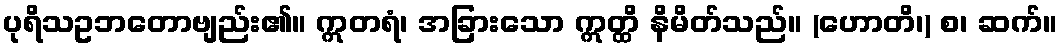
ပုရိသဥဘတောဗျည်း၏။ ဣတရံ၊ အခြားသော ဣတ္ထိ နိမိတ်သည်။ (ဟောတိ၊) စ၊ ဆက်။